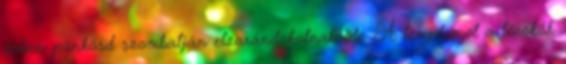
évben pünkösd szombatján elzarándokolnak ide. A templomot a törökök